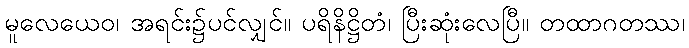
မူလေယေဝ၊ အရင်း၌ပင်လျှင်။ ပရိနိဋ္ဌိတံ၊ ပြီးဆုံးလေပြီ။ တထာဂတဿ၊